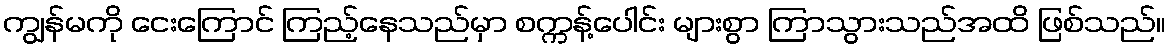
ကျွန်မကို ငေးကြောင် ကြည့်နေသည်မှာ စက္ကန့်ပေါင်း များစွာ ကြာသွားသည်အထိ ဖြစ်သည်။